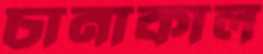
চানাকাল